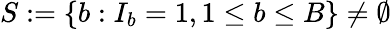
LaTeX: S:=\{ b:I_{b}=1,1\leq b\leq B\} \neq\emptyset